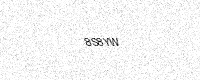
Text: 8S8YW